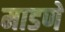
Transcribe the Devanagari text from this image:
माडणे